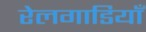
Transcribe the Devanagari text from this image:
रेलगाडियाँ